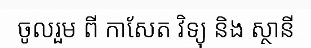
ចូលរួម ពី កាសែត វិទ្យុ និង ស្ថានី